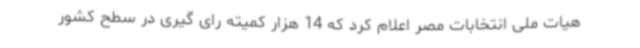
هیات ملی انتخابات مصر اعلام کرد که 14 هزار کمیته رای گیری در سطح کشور